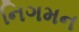
નિગમન